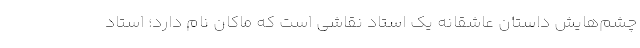
چشم‌هایش داستان عاشقانه یک استاد نقاشی است که ماکان نام دارد؛ استاد